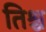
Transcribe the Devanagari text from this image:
तिश्च